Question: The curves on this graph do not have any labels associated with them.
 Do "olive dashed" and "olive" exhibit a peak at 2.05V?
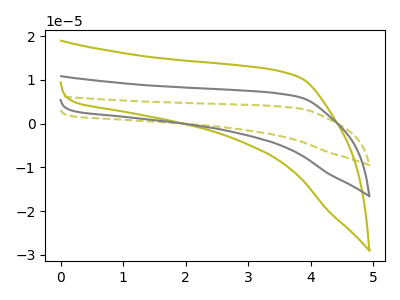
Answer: <think>The olive dashed curve "olive dashed" has no peaks. The olive curve "olive" has no peaks. The gray curve "gray" has no peaks.</think>
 <answer>No, "olive dashed" and "olive" dont share a peak at 2.05V.</answer>
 <eval>mismatch</eval>